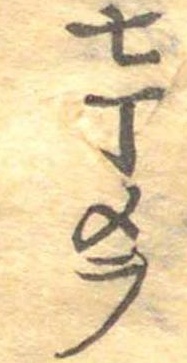
七丁メヲ